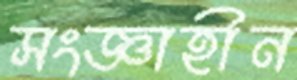
সংজ্ঞাহীন